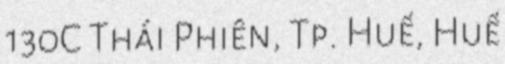
130C Thái Phiên, Tp. Huế, Huế